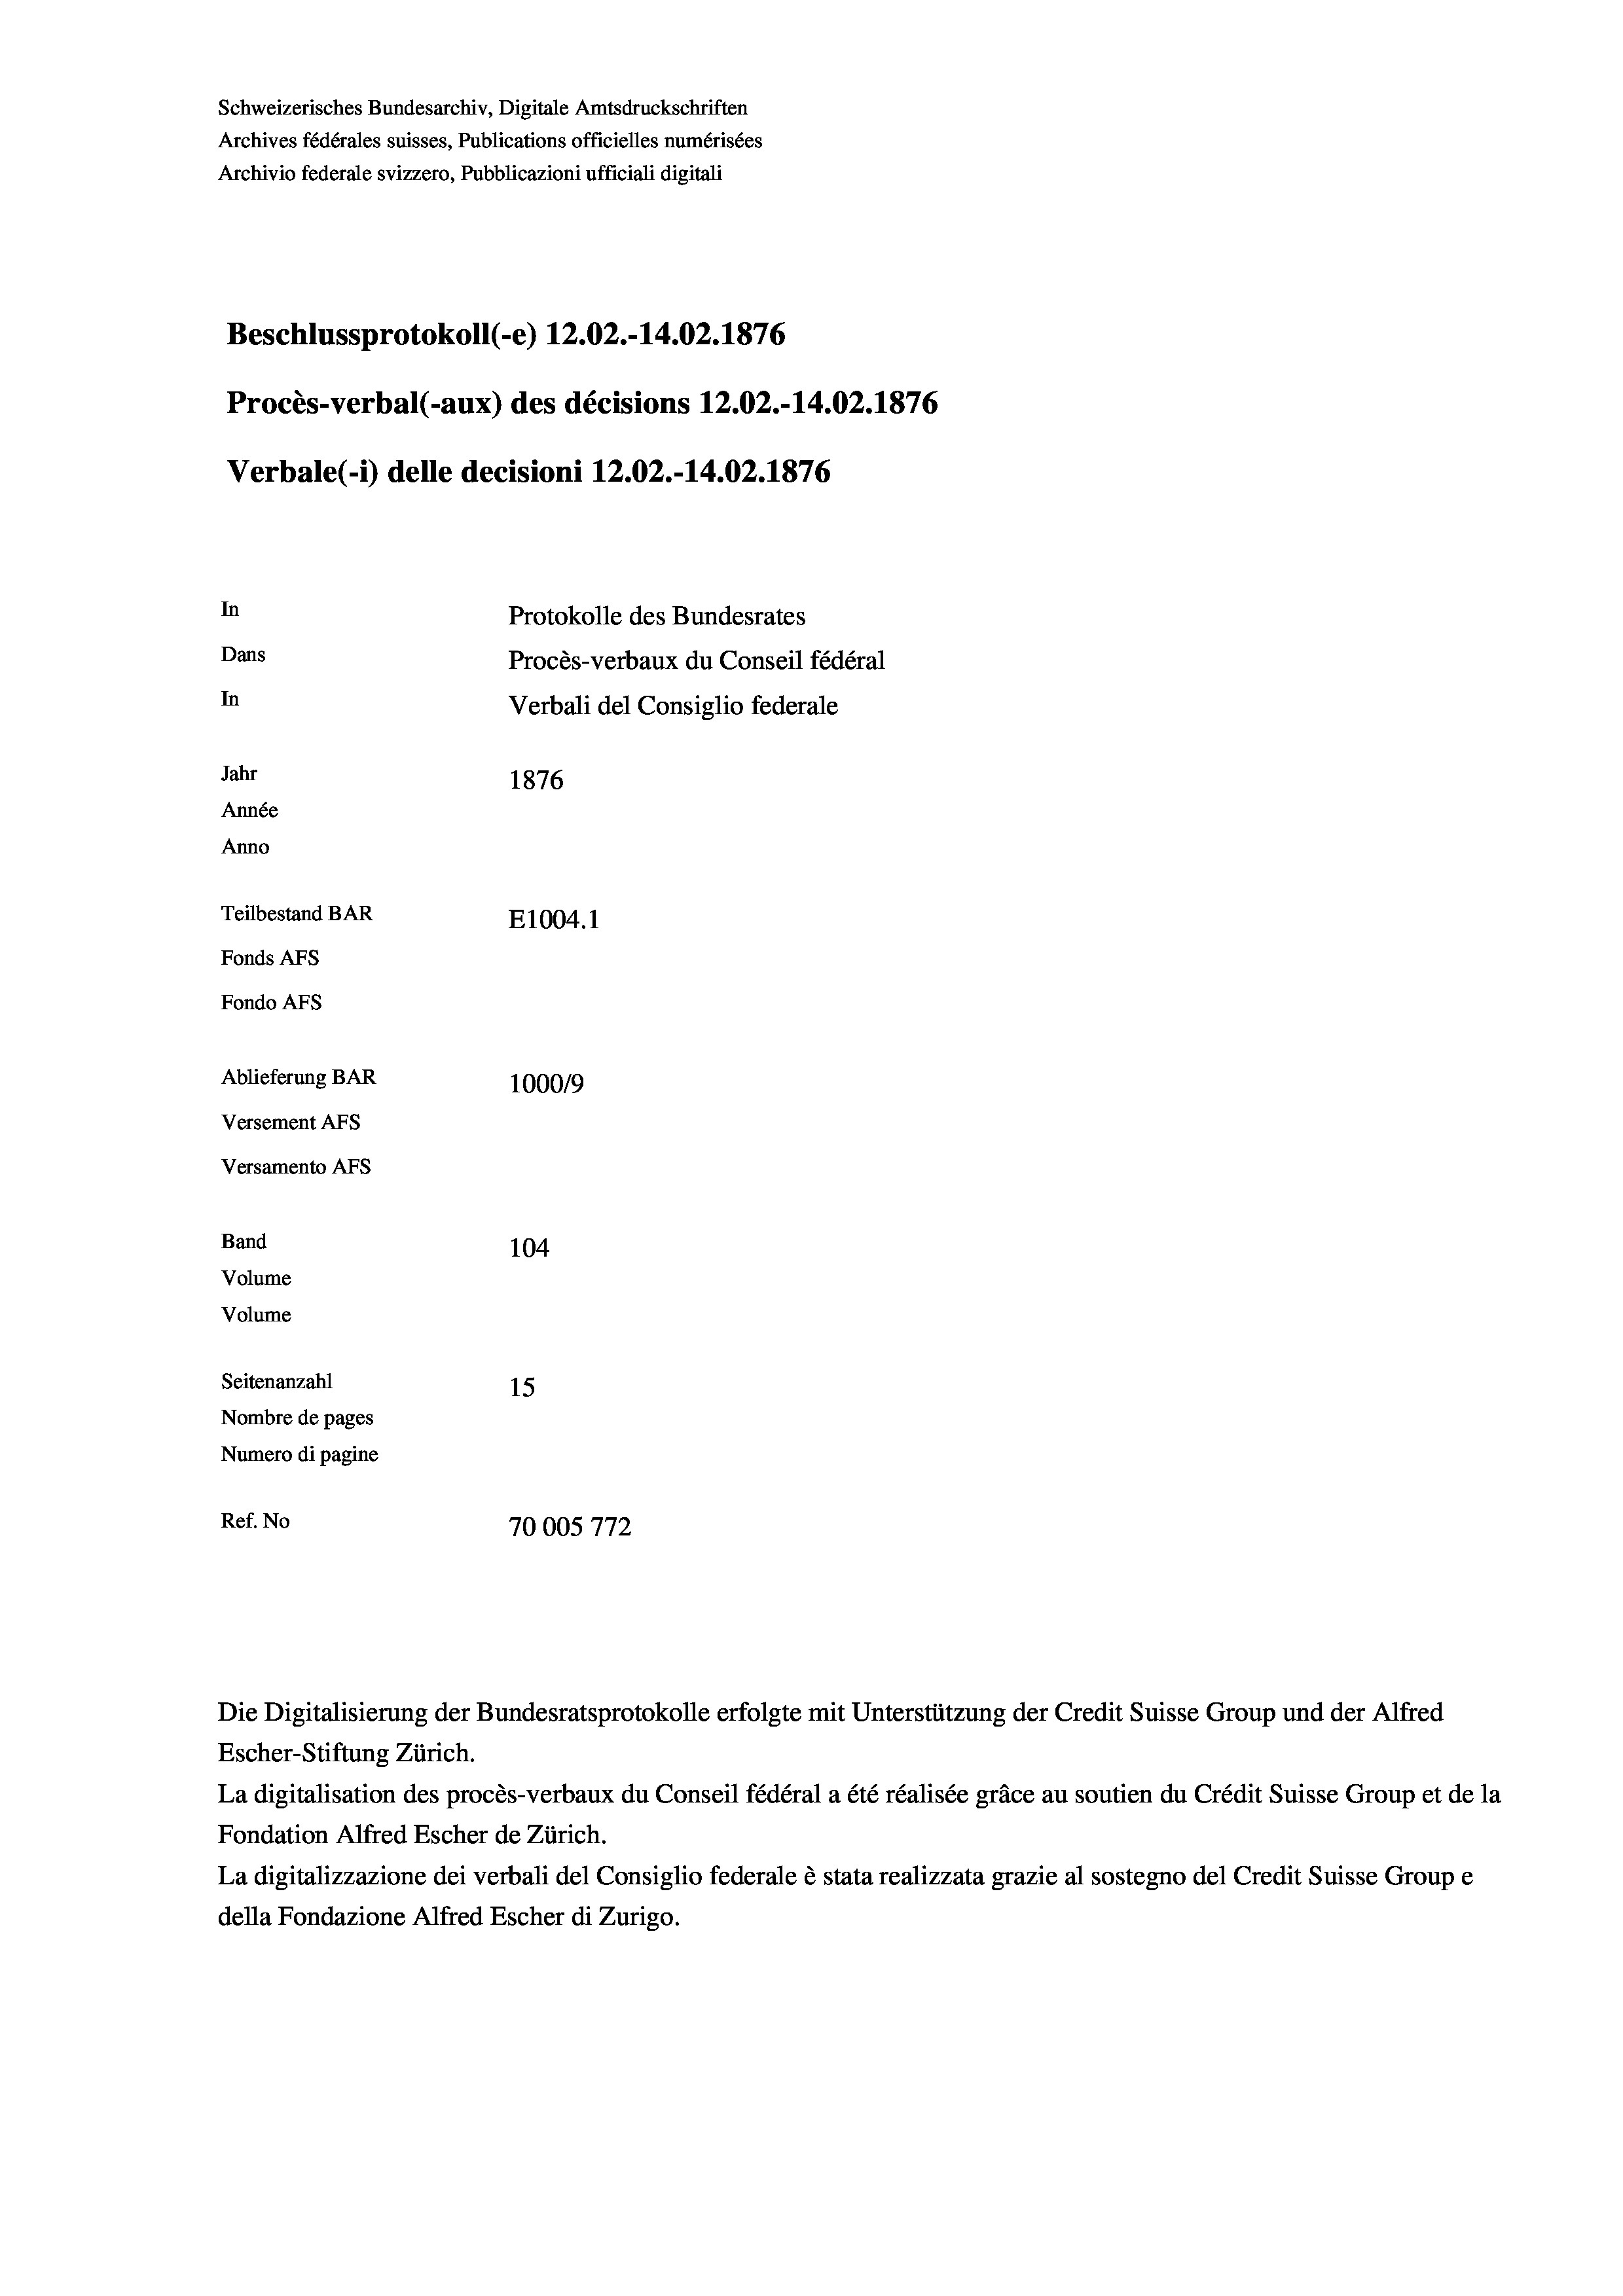
Schweizerisches Bundesarchiv, Digitale Amtsdruckschriften
Archives fédérales suisses, Publications officielles numérisées
Archivio federale svizzero, Pubblicazioni ufficiali digitali
Beschlussprotokoll (-e) 12.02.-14.02. 1876
Procès-verbal (-aux) des décisions 12.02.-14.02. 1876
Verbale (- 1) delle decisioni 12.02.-14.02. 1876
In
Protokolle des Bundesrates
Dans
Procès-verbaux du Conseil fédéral
In
Verbali del Consiglio federale
Jahr
1876
Année
Anno
Teilbestand BAR
E1004.1
Fonds AFs
Fondo Afs
Ablieferung BAR
100019
Versement AFs
Versamento Afs
Band
104

Volume
Volume
Seitenanzahl
15
Nombre de pages
Numero di pagine
.
Ref. No
70005772

Die Digitalisierung der Bundesratsprotokolle erfolgte mit Unterstützung der Credit Suisse Group und der Alfred
Escher-Stiftung Zürich.
La digitalisation des procès-verbaux du Conseil fédéral a été réalisée gräce au soutien du Crédit Suisse Group et de la
Fondation Alfred Escher de Zürich.
La digitalizzazione dei verbali del Consiglio federale è stata realizzata grazie al sostegno del Credit Suisse Groupe
della Fondazione Alfred Escher di Zurigo.